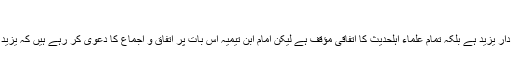
"[منهاج السنة النبوية 4/ 577 ]
مولوی صاحب کا دعویٰ ہے کہ خانہ کعبہ کی توہین کا ذمہ دار یزید ہے بلکہ تمام علماء اہلحدیث کا اتفاقی مؤقف ہے لیکن امام ابن تیمیہؒ اس بات پر اتفاق و اجماع کا دعویٰ کر رہے ہیں کہ یزید یا اس کے امراء میں سے کبھی کسی نے ایسا اقدام نہیں کیا۔